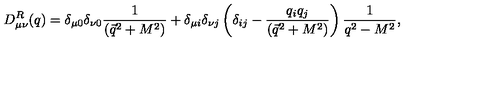
D _ { \mu \nu } ^ { R } ( q ) = \delta _ { \mu 0 } \delta _ { \nu 0 } { \frac { 1 } { ( \vec { q } ^ { 2 } + M ^ { 2 } ) } } + \delta _ { \mu i } \delta _ { \nu j } \left( \delta _ { i j } - { \frac { q _ { i } q _ { j } } { ( \vec { q } ^ { 2 } + M ^ { 2 } ) } } \right) { \frac { 1 } { q ^ { 2 } - M ^ { 2 } } } ,